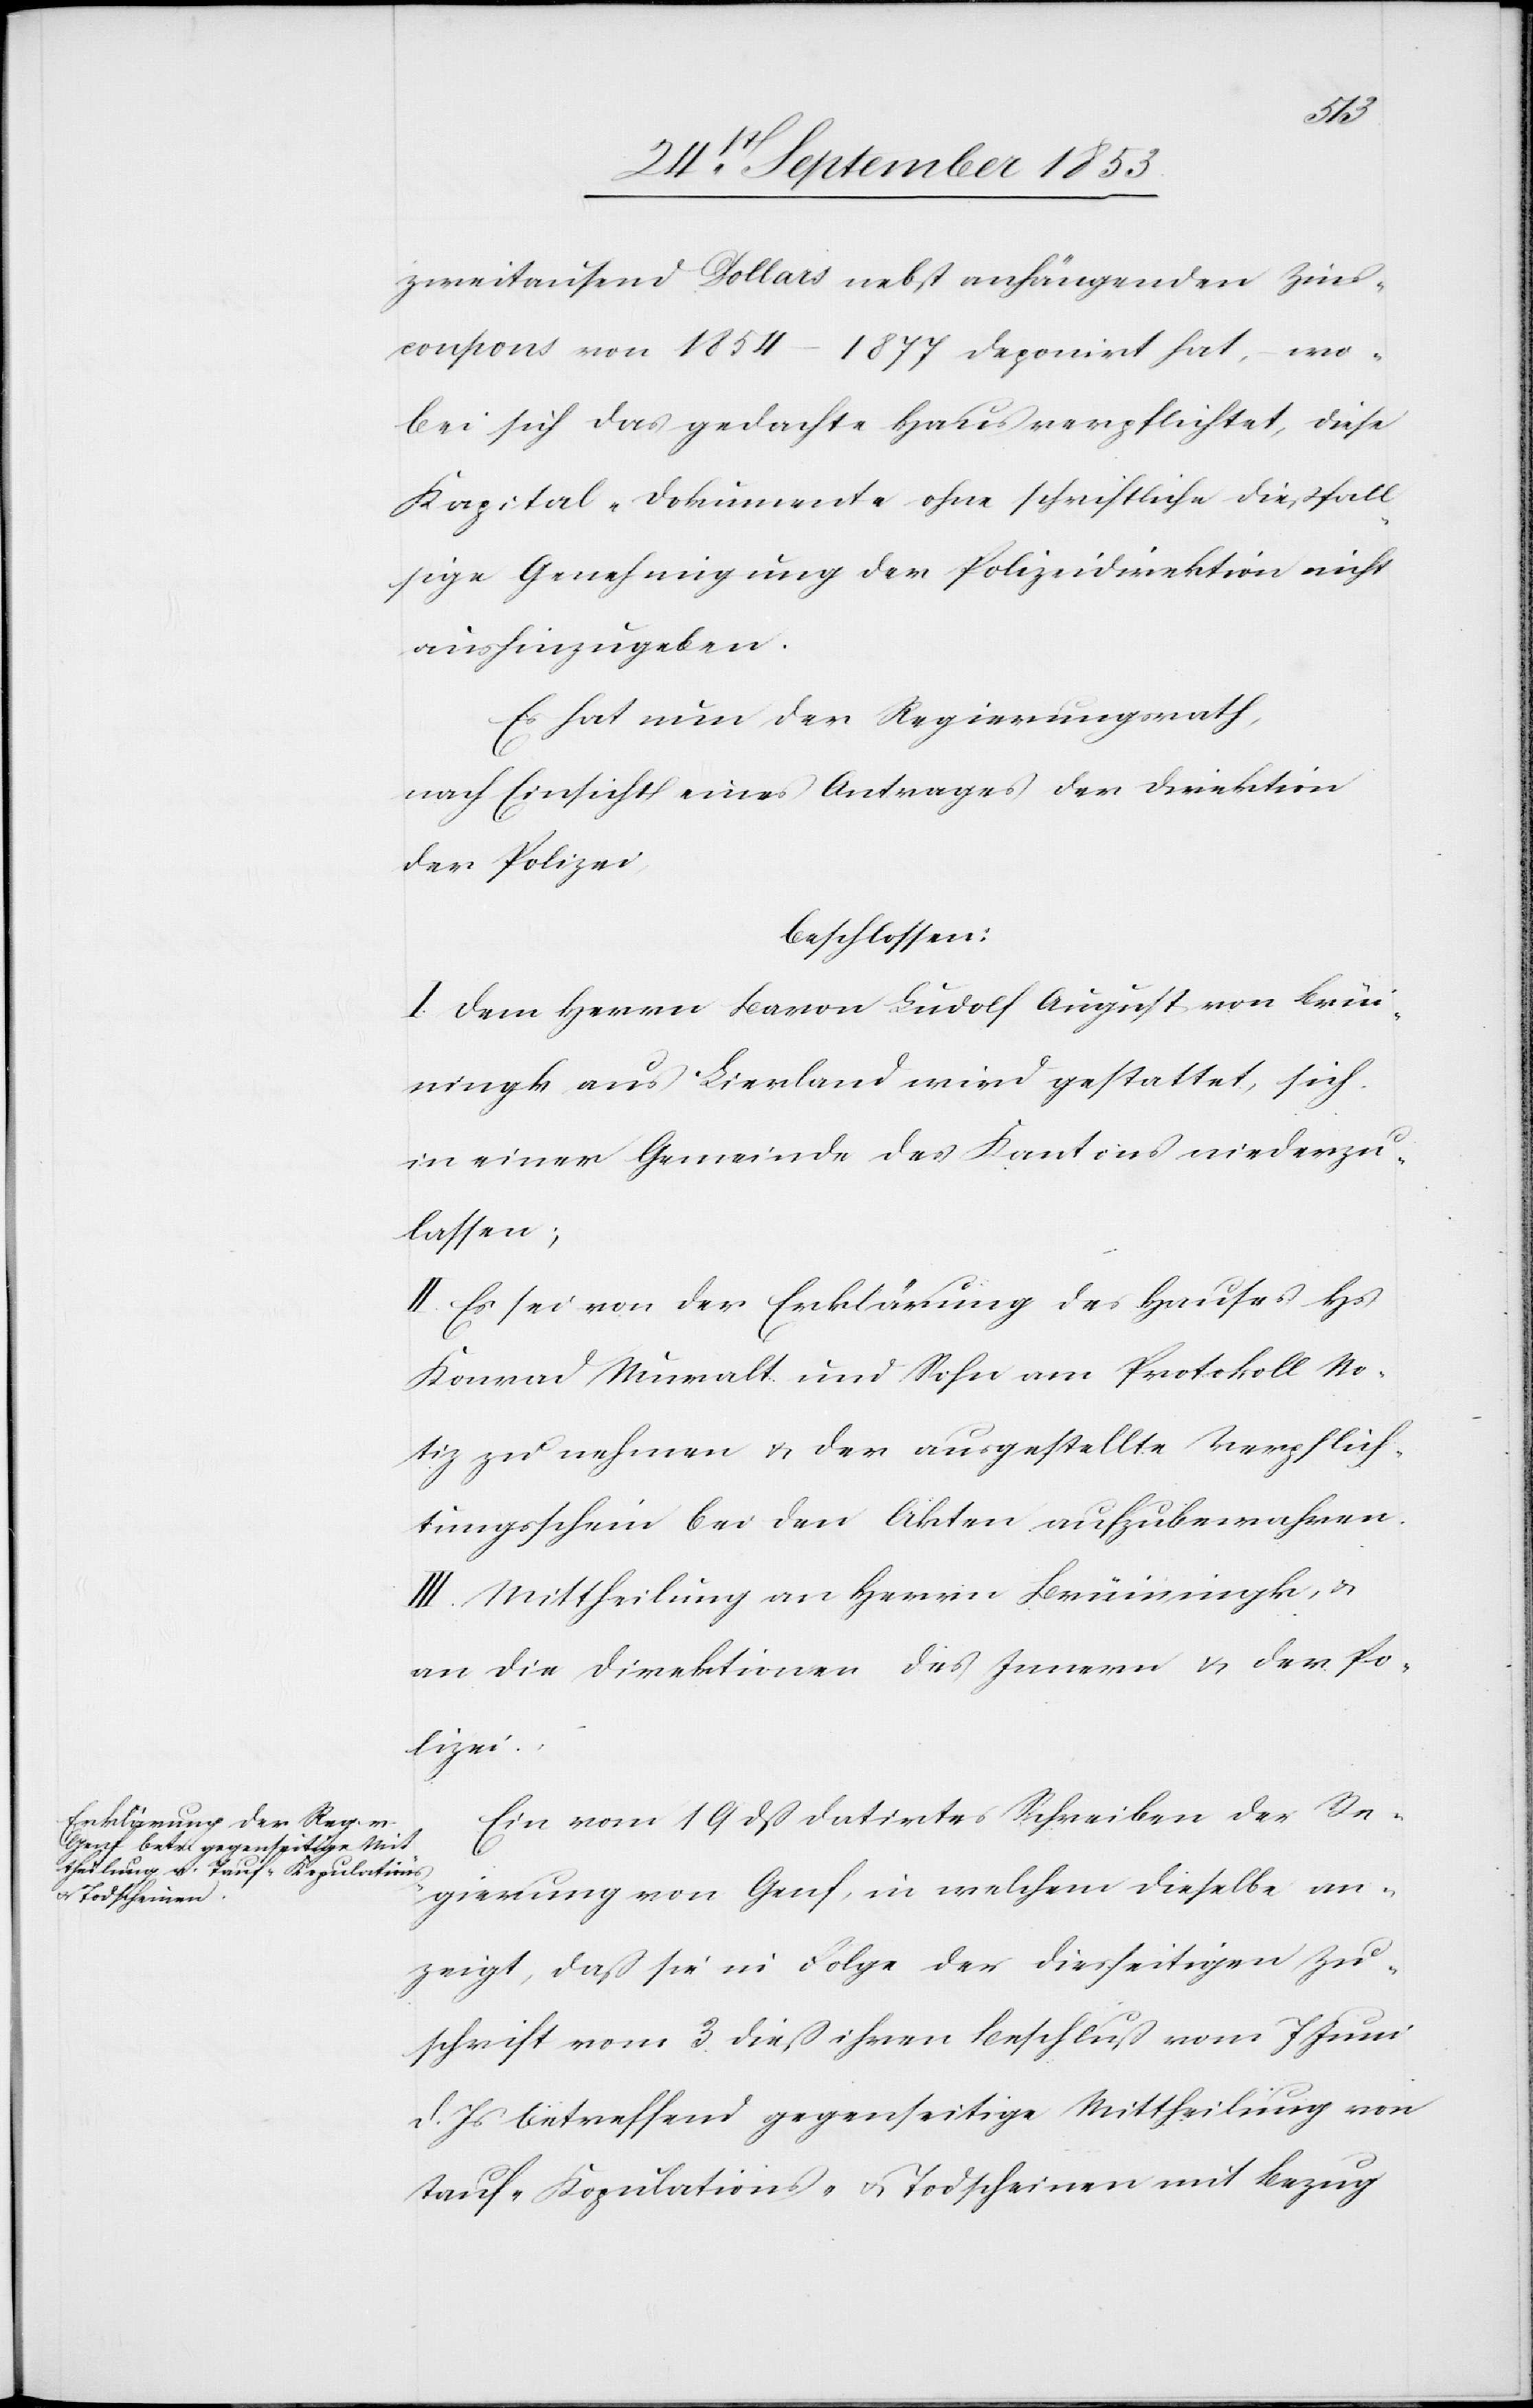
zweitausend Dollars nebst anhängenden Zins¬
coupons von 1854–1877 deponirt hat, wo¬
bei sich das gedachte Haus verpflichtet, diese
Kapital-Dokumente ohne schriftliche dießfall¬
sige Genehmigung der Polizeidirektion nicht
aushinzugeben.
Es hat nun der Regierungsrath,
nach Einsicht eines Antrages der Direktion
der Polizei,
beschlossen:
I. Dem Herrn Baron Ludolf August von Brüi¬
ningk aus Lievland wird gestattet, sich
in einer Gemeinde des Kantons niederzu¬
lassen;
II. Es sei von der Erklärung des Hauses Hs.
Konrad Muralt und Sohn am Protokoll No¬
tiz zu nehmen u. der ausgestellte Verpflich¬
tungsschein bei den Akten aufzubewahren.
III. Mittheilung an Herrn Brüiningk, u.
an die Direktionen des Innern u. der Po¬
lizei.
Ein vom 19 dß datirtes Schreiben der Re¬
gierung von Genf, in welchem dieselbe an¬
zeigt, daß sie in Folge der diesseitigen Zu¬
schrift vom 3 dieß ihren Beschluß vom 7 Juni
d. Js. betreffend gegenseitige Mittheilung von
Tauf- Kopulations- u. Todscheinen mit Bezug